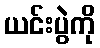
ယင်းပွဲကို